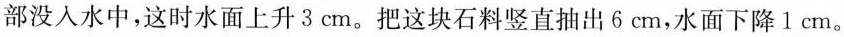
部没入水中，这时水面上升3cm。把这块石料竖直抽出6cm，水面下降1cm。